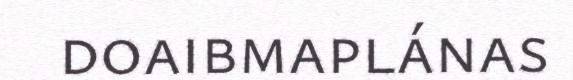
doaibmaplánas